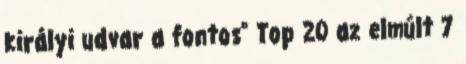
királyi udvar a fontos” Top 20 az elmúlt 7